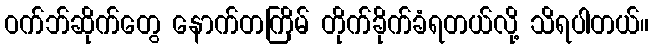
ဝက်ဘ်ဆိုက်တွေ နောက်တကြိမ် တိုက်ခိုက်ခံရတယ်လို့ သိရပါတယ်။